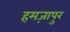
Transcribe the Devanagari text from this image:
हमज़ापुर